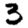
Digit: 3